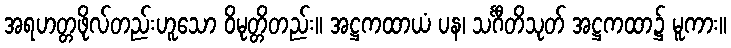
အရဟတ္တဖိုလ်တည်းဟူသော ဝိမုတ္တိတည်း။ အဋ္ဌကထာယံ ပန၊ သင်္ဂီတိသုတ် အဋ္ဌကထာ၌ မူကား။